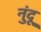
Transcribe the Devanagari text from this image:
नुंदू